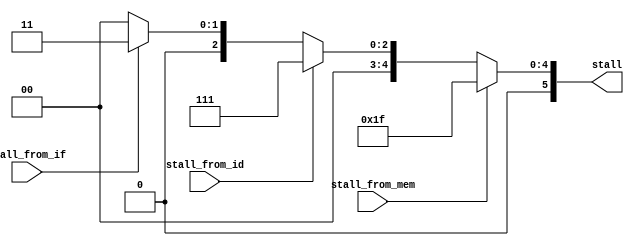
module stallctrl (
    //from if
    input  wire stall_from_if,
    //from id
    input wire stall_from_id,
    //from mem
    input wire stall_from_mem,
    //to pc id_id id_ex ex_mem mem_wb
    output reg[5:0] stall//stall[0] stand for pc stop 1stand for stop
);

always @(*) begin
    stall=0;
    if (stall_from_mem==1)begin
        stall=6'b011111;
    end  else if (stall_from_id==1)begin
        stall=6'b000111;
    end else if (stall_from_if==1)begin
        stall=6'b000011;
    end     
end

endmodule //stallctrl